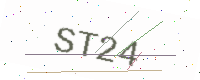
Text: ST24